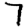
Digit: 7